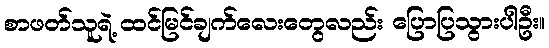
စာဖတ်သူရဲ့ ထင်မြင်ချက်လေးတွေလည်း ပြောပြသွားပါဦး။